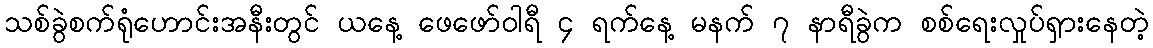
သစ်ခွဲစက်ရုံဟောင်းအနီးတွင် ယနေ့ ဖေဖော်ဝါရီ ၄ ရက်နေ့ မနက် ၇ နာရီခွဲက စစ်ရေးလှုပ်ရှားနေတဲ့